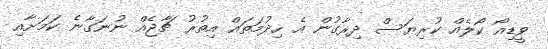
ވީޑިއޯ ކޯލެއް ކުރިޔަސް ދިރާގުން އެ ހިދުމަތައް އިތުރު ޗާޖެއް ނުނަގާނެ ކަމަށާއި